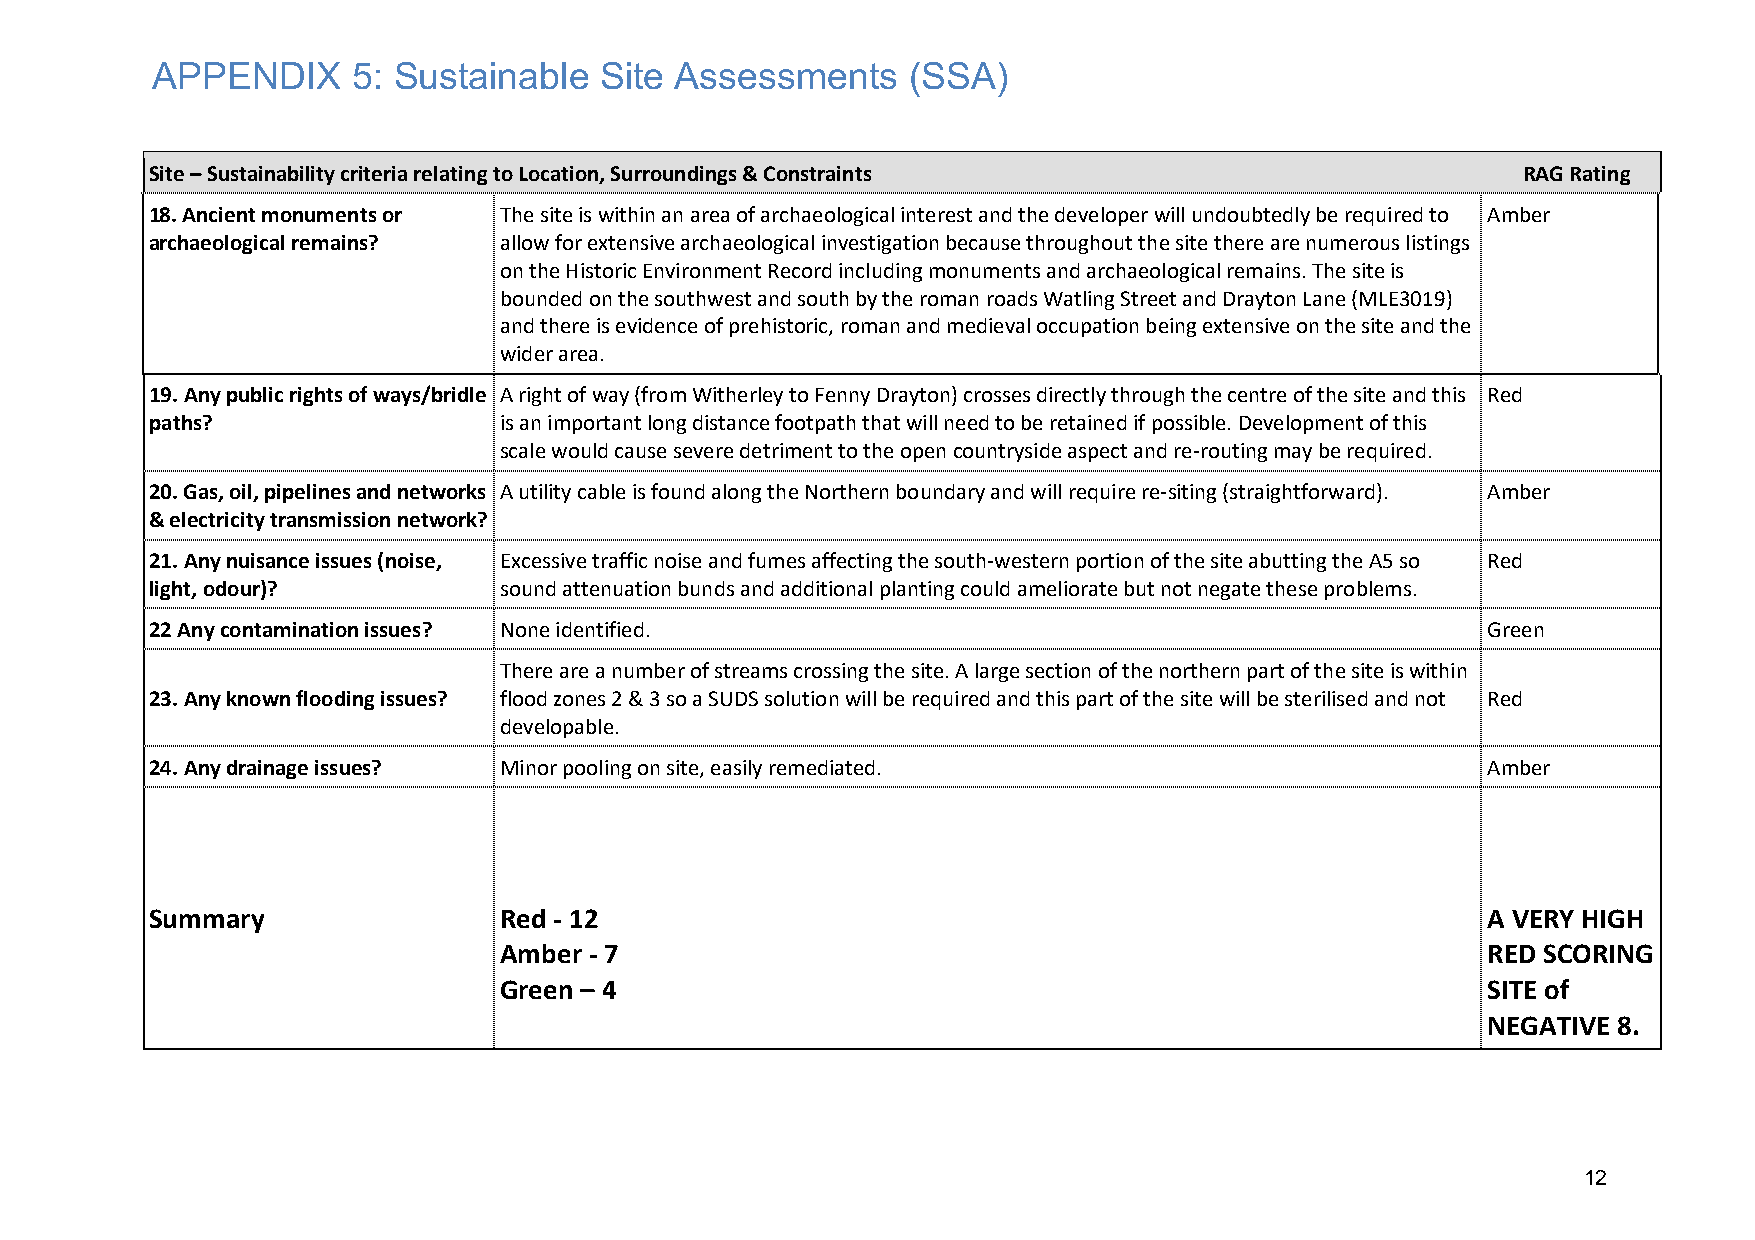
APPENDIX     5: Sustainable   Site Assessments    (SSA)
 Site – Sustainability criteria relating to Location, Surroundings & Constraints            RAG Rating
 18. Ancient monuments or The site is within an area of archaeological interest and the developer will undoubtedly be required to Amber
 archaeological remains? allow for extensive archaeological investigation because throughout the site there are numerous listings
 on the Historic Environment Record including monuments and archaeological remains. The site is
 bounded on the southwest and south by the roman roads Watling Street and Drayton Lane (MLE3019)
 and there is evidence of prehistoric, roman and medieval occupation being extensive on the site and the
 wider area.
 19. Any public rights of ways/bridle A right of way (from Witherley to Fenny Drayton) crosses directly through the centre of the site and this Red
 paths?                 is an important long distance footpath that will need to be retained if possible. Development of this
 scale would cause severe detriment to the open countryside aspect and re-routing may be required.
 20. Gas, oil, pipelines and networks A utility cable is found along the Northern boundary and will require re-siting (straightforward). Amber
 & electricity transmission network?
 21. Any nuisance issues (noise, Excessive traffic noise and fumes affecting the south-western portion of the site abutting the A5 so Red
 light, odour)?         sound attenuation bunds and additional planting could ameliorate but not negate these problems.
 22 Any contamination issues? None identified.                                           Green
 There are a number of streams crossing the site. A large section of the northern part of the site is within
 23. Any known flooding issues? flood zones 2 & 3 so a SUDS solution will be required and this part of the site will be sterilised and not Red
 developable.
 24. Any drainage issues? Minor pooling on site, easily remediated.                      Amber
 Summary                Red - 12                                                         A VERY HIGH
 Amber - 7                                                        RED SCORING
 Green – 4                                                        SITE of
 NEGATIVE 8.
 12